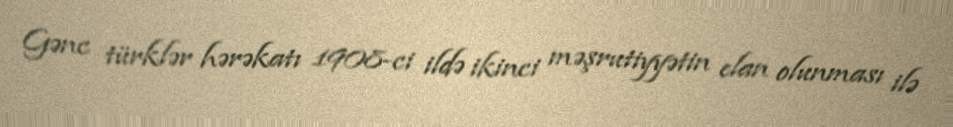
Gənc türklər hərəkatı 1908-ci ildə ikinci məşrutiyyətin elan olunması ilə